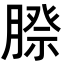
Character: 𮌰